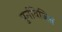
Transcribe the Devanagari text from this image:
पुर्नविजित